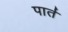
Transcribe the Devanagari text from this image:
पार्त